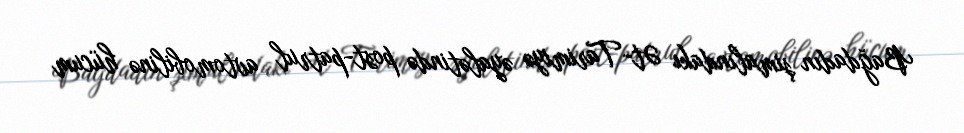
Bağdadın şimalındakı Ət-Tarimiyə əyalətində post-patrul avtomobilinə hücum